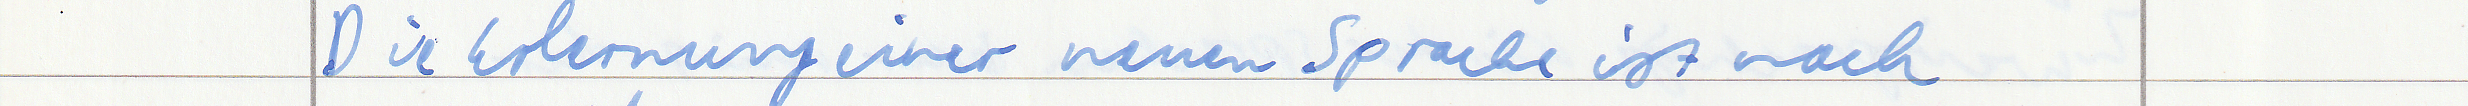
Die Erlernung einer neue Sprache ist nach